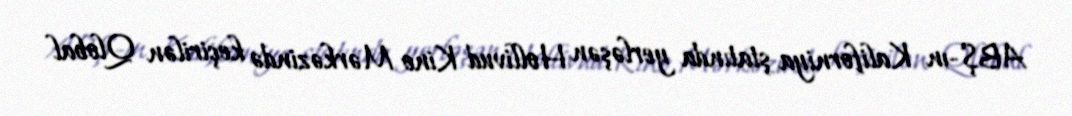
ABŞ-ın Kaliforniya ştatında yerləşən Hollivud Kino Mərkəzində keçirilən Qlobal